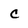
Character: C